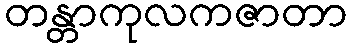
တန္တာကုလကဇာတာ